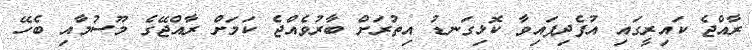
ރާއްޖެ ކައިރީގައި އުފެދިފައިވާ ކޮޅިގަނޑު އިތުރަށް ބާރުވެއްޖެ ކަމަށް ރާއްޖޭގެ މޫސުމާއި ބެހޭ